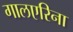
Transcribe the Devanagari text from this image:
गालएरिना